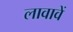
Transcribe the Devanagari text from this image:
लावावें